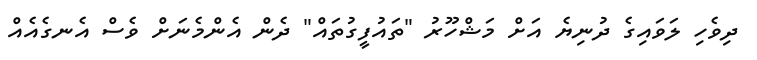
ދިވެހި ލަވައިގެ ދުނިޔެ އަށް މަޝްހޫރު "ތައުފީގުތައް" ދެން އެންމެނަށް ވެސް އެނގެއެއް